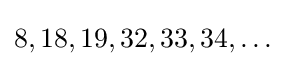
8,18,19,32,33,34,\dots